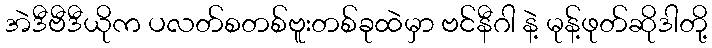
အဲဒီဗီဒီယိုက ပလတ်စတစ်ဗူးတစ်ခုထဲမှာ ဗင်နီဂါ နဲ့ မုန့်ဖုတ်ဆိုဒါတို့